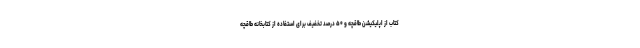
کتاب از اپلیکیشن طاقچه و ۵۰ درصد تخفیف برای استفاده از کتابخانه طاقچه